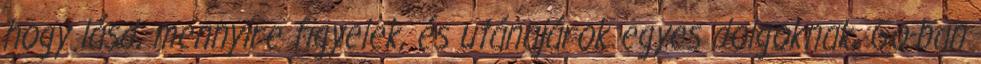
hogy lásd, mennyire figyelek, és utánajárok egyes dolgoknak, Go-ban